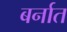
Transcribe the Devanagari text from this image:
बर्नात